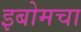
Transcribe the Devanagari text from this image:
इबोमचा